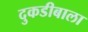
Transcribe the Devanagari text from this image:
दुकडीबाला